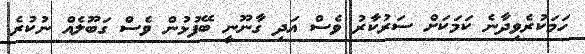
ހަމަކުރެވިދާނެ ކަމަކަށް ސަރުކާރު ވެސް އަދި ގާނޫނީ ބޭފުޅުން ވެސް ގަބޫލެއް ނުކުރެ